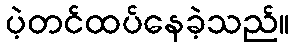
ပဲ့တင်ထပ်နေခဲ့သည်။